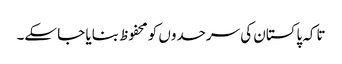
تاکہ پاکستان کی سرحدوں کو محفوظ بنایا جا سکے۔